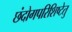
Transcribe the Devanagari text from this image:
छंदोगपरिशिष्टेतु